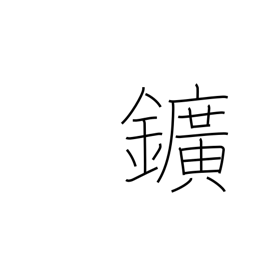
Meaning: ore